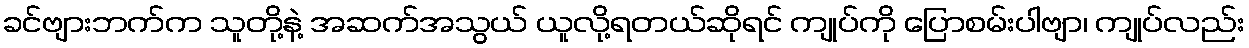
ခင်ဗျားဘက်က သူတို့နဲ့ အဆက်အသွယ် ယူလို့ရတယ်ဆိုရင် ကျုပ်ကို ပြောစမ်းပါဗျာ၊ ကျုပ်လည်း